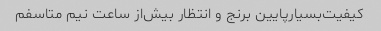
کیفیت‌بسیار‌پایین برنج و انتظار بیش‌از‌ ساعت نیم متاسفم